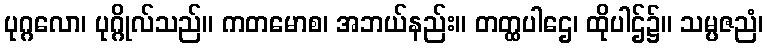
ပုဂ္ဂလော၊ ပုဂ္ဂိုလ်သည်။ ကတမောစ၊ အဘယ်နည်း။ တတ္ထပါဌေ၊ ထိုပါဌ်၌။ သမ္ပဇညံ၊